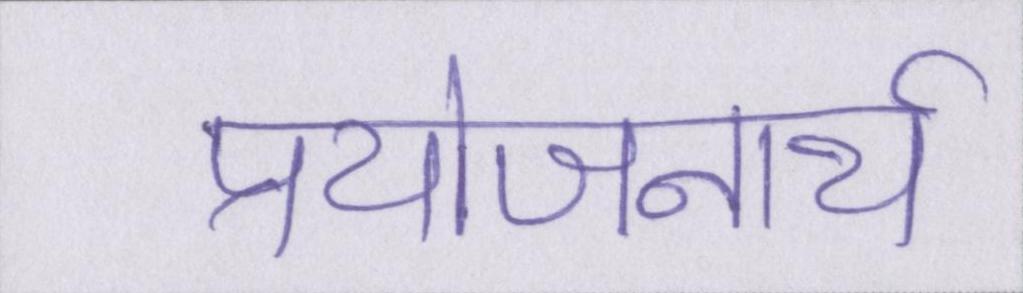
प्रयोजनार्थ